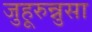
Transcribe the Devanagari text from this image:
जुहूरुन्नुसा